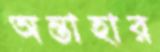
অন্তাহার